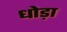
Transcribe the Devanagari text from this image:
धोड़ा